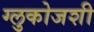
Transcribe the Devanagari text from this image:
ग्लुकोजशी